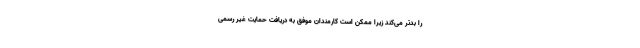
را بدتر می‌کند زیرا ممکن است کارمندان موفق به دریافت حمایت غیر رسمی